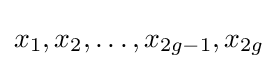
x_{1},x_{2},\ldots ,x_{2g-1},x_{2g}